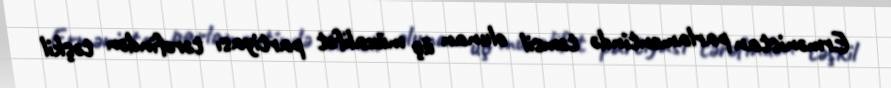
Ermənistan parlamentində təmsil olunan üç müxalifət partiyası tərəfindən təşkil